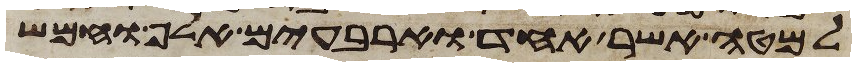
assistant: למטה אשר אחד וארבעים אלף וחמש